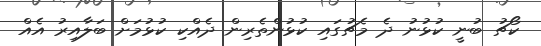
ކޯޗު ބުނީ ކުޅުނު ދެ މެޗުގައި ކުޅުންތެރިން ދެއްކި ކުޅުމަށް ބަލާއިރު އެއް